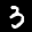
Label: 3